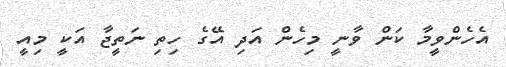
އެހެންވީމާ ކަން ވާނީ މިހެން އަދި އޭގެ ހިތި ނަތީޖާ އަކީ މިއީ